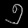
Digit: ၅